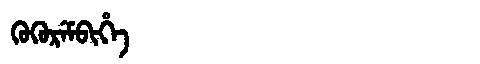
Manchu: ᡴᡠᡴᡠᡵᡝᠮᠪᡳᡥᡝ
Romanization: KUKUREMBIHE